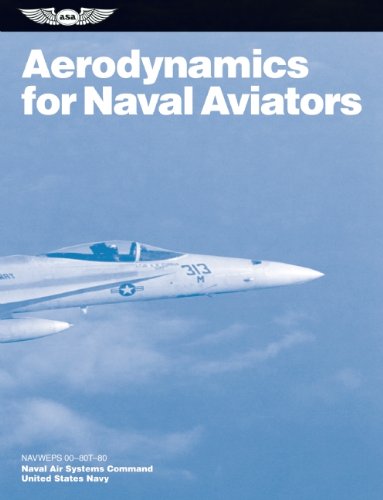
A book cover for Aerodynamics for Naval Aviators: NAVWEPS 00-80T-80 (FAA Handbooks series); U.S. Navy  Naval Air Systems Command; Engineering & Transportation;